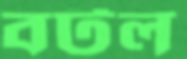
বটল